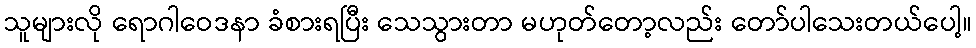
သူများလို ရောဂါဝေဒနာ ခံစားရပြီး သေသွားတာ မဟုတ်တော့လည်း တော်ပါသေးတယ်ပေါ့။